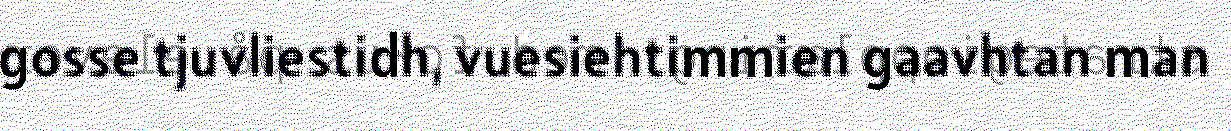
gosse tjuvliestidh, vuesiehtimmien gaavhtan man